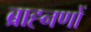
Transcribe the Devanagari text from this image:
ब्राह्नणों